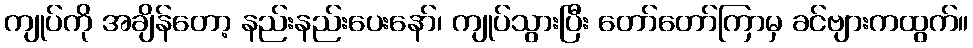
ကျုပ်ကို အချိန်တော့ နည်းနည်းပေးနော်၊ ကျုပ်သွားပြီး တော်တော်ကြာမှ ခင်ဗျားကထွက်။